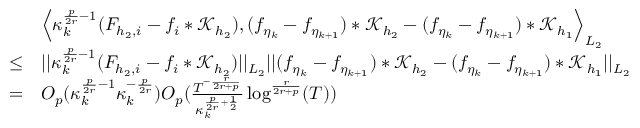
\begin{array} { r l } & { \Big \langle \kappa _ { k } ^ { \frac { p } { 2 r } - 1 } ( F _ { { h _ { 2 } } , i } - f _ { i } * \mathcal { K } _ { h _ { 2 } } ) , ( f _ { \eta _ { k } } - f _ { \eta _ { k + 1 } } ) * \mathcal { K } _ { h _ { 2 } } - ( f _ { \eta _ { k } } - f _ { \eta _ { k + 1 } } ) * \mathcal { K } _ { h _ { 1 } } \Big \rangle _ { L _ { 2 } } } \\ { \le } & { \vert \vert \kappa _ { k } ^ { \frac { p } { 2 r } - 1 } ( F _ { { h _ { 2 } } , i } - f _ { i } * \mathcal { K } _ { h _ { 2 } } ) \vert \vert _ { L _ { 2 } } \vert \vert ( f _ { \eta _ { k } } - f _ { \eta _ { k + 1 } } ) * \mathcal { K } _ { h _ { 2 } } - ( f _ { \eta _ { k } } - f _ { \eta _ { k + 1 } } ) * \mathcal { K } _ { h _ { 1 } } \vert \vert _ { L _ { 2 } } } \\ { = } & { O _ { p } ( \kappa _ { k } ^ { \frac { p } { 2 r } - 1 } \kappa _ { k } ^ { - \frac { p } { 2 r } } ) O _ { p } ( \frac { T ^ { - \frac { r } { 2 r + p } } } { \kappa _ { k } ^ { \frac { p } { 2 r } + \frac { 1 } { 2 } } } \log ^ { \frac { r } { 2 r + p } } ( T ) ) } \end{array}